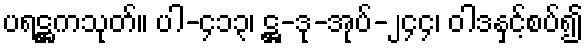
ပရဋ္ဌကသုတ်။ ပါ-၄၁၃၊ ဋ္ဌ-ဒု-အုပ်-၂၄၄၊ ဝါဒနှင့်စပ်၍